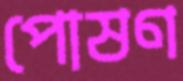
পোষণ